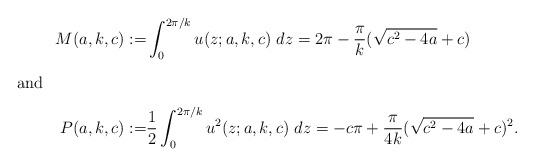
\begin{align*}M(a,k,c):=&\int_0^{2\pi/k}u(z;a,k,c)~dz=2\pi-\frac{\pi}{k}(\sqrt{c^2-4a}+c)\intertext{and}P(a,k,c):=&\frac{1}{2}\int_0^{2\pi/k}u^2(z;a,k,c)~dz=-c\pi+\frac{\pi}{4k}(\sqrt{c^2-4a}+c)^2.\end{align*}